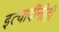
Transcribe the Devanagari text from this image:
इत्यादींनीही